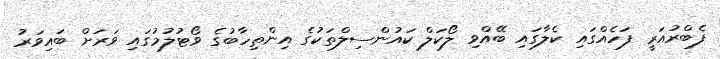
ފެބްރުއަރީ ފަހެއްގައި ކެލާގައި ބޭއްވި ލޯކަލް ކައުންސިލްތަކުގެ އިންތިހާބުގެ ވޯޓުލުމުގައި ވަރަށް ބައިވަރު